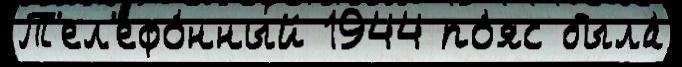
Т'ел'ефо́нный 1944 по́яс была́